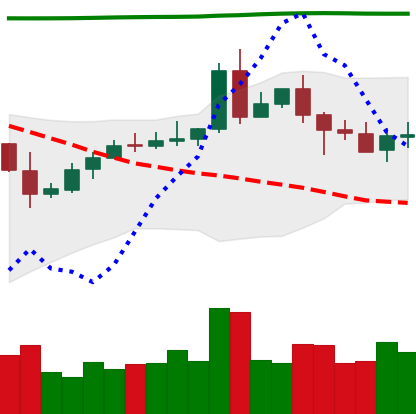
Ticker: EOS-USD
Chart end date: 2020-05-08
Forward return: -8.53%
Label: down_7plus